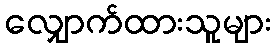
လျှောက်ထားသူများ